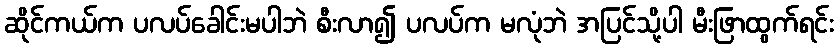
ဆိုင်ကယ်က ပလပ်ခေါင်းမပါဘဲ စီးလာ၍ ပလပ်က မလုံဘဲ အပြင်သို့ပါ မီးဖြာထွက်ရင်း